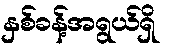
နှစ်ခန့်အရွယ်ရှိ